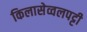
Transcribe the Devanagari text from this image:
किलासेव्वलपट्टी